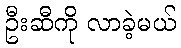
ဦးဆီကို လာခဲ့မယ်